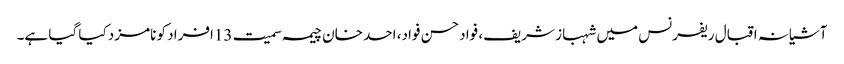
آشیانہ اقبال ریفرنس میں شہباز شریف، فواد حسن فواد، احد خان چیمہ سمیت 13افراد کو نامزد کیا گیا ہے۔